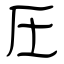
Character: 圧